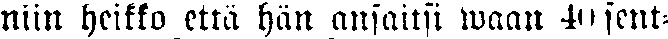
niin heikko että hän ansaitsi waan 40 sent-